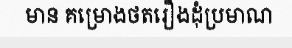
មាន គម្រោងថតរឿងដុំប្រមាណ